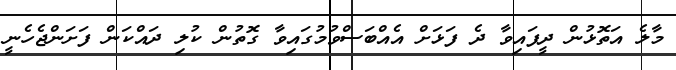
މާލެ އަތޮޅުން ދީފައިވާ ދެ ފަޅަށް އެއްބަސްވުމުގައިވާ ގޮތުން ކުލި ދައްކަން ފަށަންޖެހެނީ